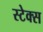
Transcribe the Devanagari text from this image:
स्टेक्स